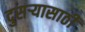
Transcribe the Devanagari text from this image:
दुसर्‍यासाठी